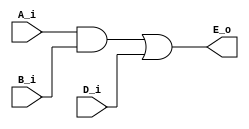
module wire_use (
    input   A_i,
    input   B_i,
    input   D_i,
    output  E_o
);

    wire    C_w;
    
    assign  C_w = A_i & B_i;
    assign  E_o = C_w | D_i;
endmodule